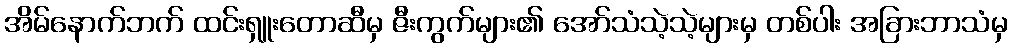
အိမ်နောက်ဘက် ထင်းရှူးတောဆီမှ ဇီးကွက်များ၏ အော်သံသဲ့သဲ့များမှ တစ်ပါး အခြားဘာသံမှ